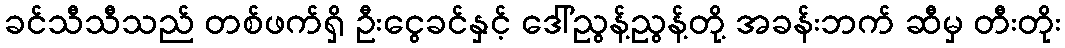
ခင်သီသီသည် တစ်ဖက်ရှိ ဦးငွေခင်နှင့် ဒေါ်ညွန့်ညွန့်တို့ အခန်းဘက် ဆီမှ တီးတိုး